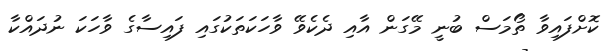
ކޮށްފައިވާ ތޯމަސް ބުނީ މޭގަން އާއި ދެކެވޭ ވާހަކަތަކުގައި ފައިސާގެ ވާހަކަ ނުދައްކާ